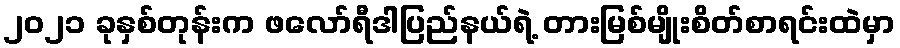
၂၀၂၁ ခုနှစ်တုန်းက ဖလော်ရီဒါပြည်နယ်ရဲ့ တားမြစ်မျိုးစိတ်စာရင်းထဲမှာ